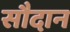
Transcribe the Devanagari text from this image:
सौदान